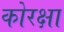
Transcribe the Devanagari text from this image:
कोरक्षा